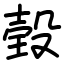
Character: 㲄